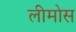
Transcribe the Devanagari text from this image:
लीमोस